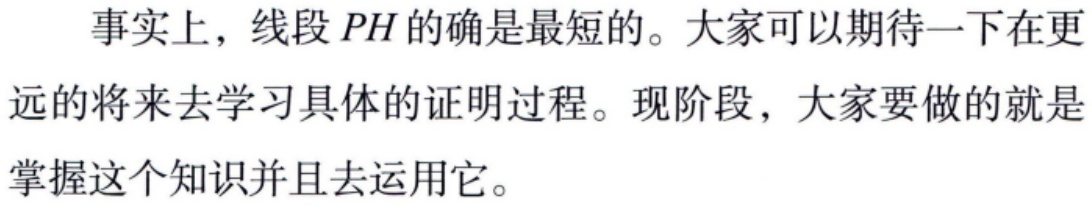
事实上，线段 \(PH\) 的确是最短的。大家可以期待一下在更远的将来去学习具体的证明过程。现阶段，大家要做的就是掌握这个知识并且去运用它。